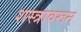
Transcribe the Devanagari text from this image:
शस्त्रावरून